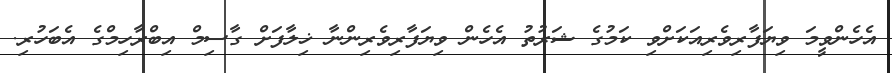
އެހެންވީމަ ވިޔަފާރިވެރިއަކަށްވި ކަމުގެ ޝަރުތު އެހެން ވިޔަފާރިވެރިންނާ ޚިލާފަށް ގާސިމް އިބްރާހިމްގެ އެބަހުރި.